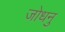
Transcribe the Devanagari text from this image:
जोधनु